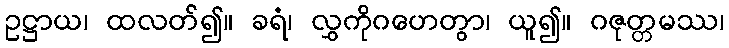
ဥဋ္ဌာယ၊ ထလတ်၍။ ခရံ၊ လွှကိုဂဟေတွာ၊ ယူ၍။ ဂဇုတ္တမဿ၊